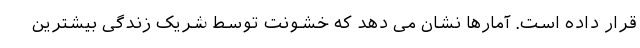
قرار داده است. آمارها نشان می دهد که خشونت توسط شریک زندگی بیشترین